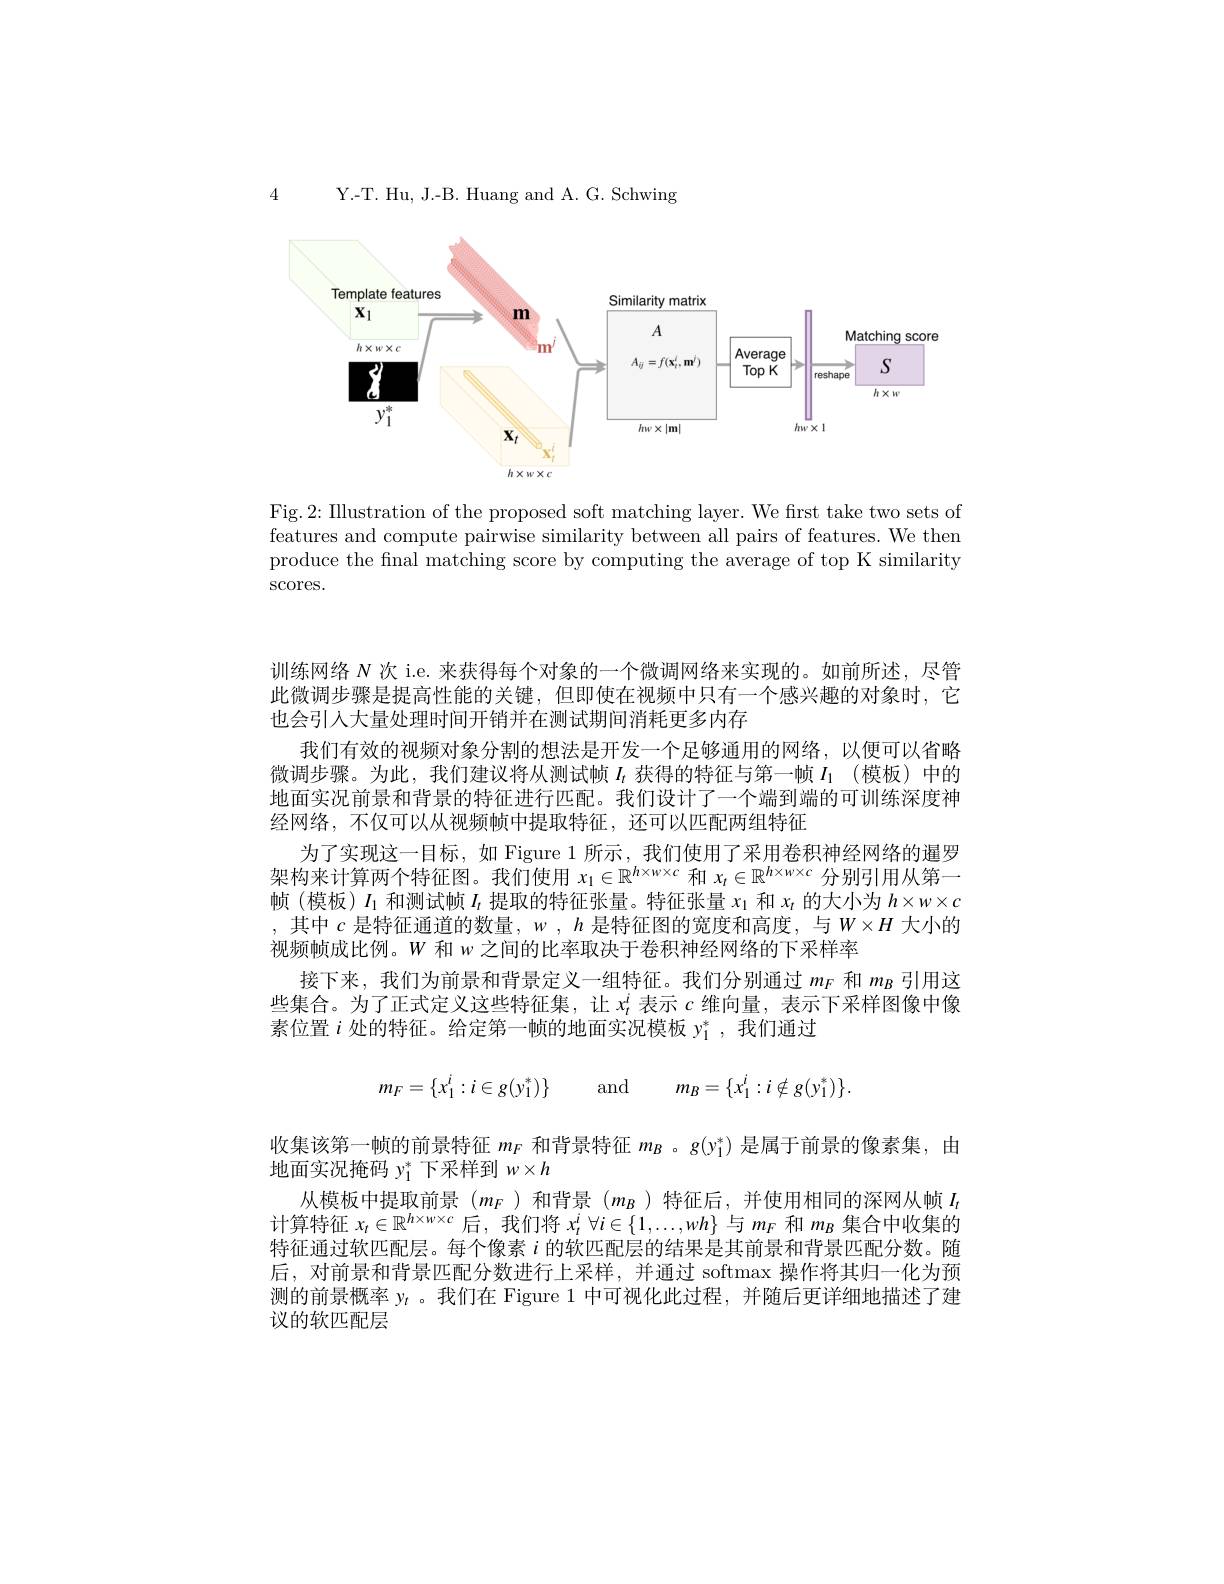
Y.-T. Hu, J.-B. Huang and A. G. Schwing

4

<FigureHere>

Fig.2: IIlustration of the proposed soft matching layer. We first take two sets of features and compute pairwise similarity between all pairs of features. We then produce the fnal matching score by computing the average of top K similarity scores.

训练网络$N$次 i.e. 来获得每个对象的一个微调网络来实现的。如前所述，尽管此微调步骤是提高性能的关键，但即使在视频中只有一个感兴趣的对象时，它也会引入大量处理时间开销并在测试期间消耗更多内存
我们有效的视频对象分割的想法是开发一个足够通用的网络，以便可以省略微调步骤。为此，我们建议将从测试帧$I_t$获得的特征与第一帧$I_1$ (模板)中的地面实况前景和背景的特征进行匹配。我们设计了一个端到端的可训练深度神经网络，不仅可以从视频帧中提取特征，还可以匹配两组特征
为了实现这一目标，如 Figure 1 所示，我们使用了采用卷积神经网络的暹罗架构来计算两个特征图。我们使用$x_1\in\mathbb{R}^h\times w\times c$和$x_t\in\mathbb{R}^h\times w\times c$分别引用从第一帧(模板)$I_1$和测试帧$I_t$提取的特征张量。特征张量$x_1$和$x_t$的大小为$h\times w\times c$ ,其中$c$是特征通道的数量，$w,h$是特征图的宽度和高度，与$W\times H$大小的视频帧成比例。$W$和$w$之间的比率取决于卷积神经网络的下采样率
接下来，我们为前景和背景定义一组特征。我们分别通过$m_F$和$m_B$引用这些集合。为了正式定义这些特征集，让$x_t^i$表示$c$维向量，表示下采样图像中像素位置$i$处的特征。给定第一帧的地面实况模板$y_{1}^{*}$,我们通过
$$m_F=\{x_1^i:i\in g(y_1^*)\}\quad\text{and}\quad m_B=\{x_1^i:i\notin g(y_1^*)\}.$$
收集该第一帧的前景特征$m_F$和背景特征$m_B$ 。$g(y_1^*)$是属于前景的像素集，由
地面实况掩码$y_1^*$下采样到$w\times h$
从模板中提取前景($m_F$ )和背景$(m_B$ )特征后，并使用相同的深网从帧$I_t$ 计算特征$x_t\in\mathbb{R}^{h\times w\times c}$后，我们将$x_t^i\forall i\in\{1,\ldots,wh\}$与$m_F$和$m_B$集合中收集的特征通过软匹配层。每个像素$i$的软匹配层的结果是其前景和背景匹配分数。随后，对前景和背景匹配分数进行上采样，并通过 softmax 操作将其归一化为预测的前景概率$y_t$ 。我们在 Figure 1 中可视化此过程，并随后更详细地描述了建议的软匹配层